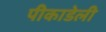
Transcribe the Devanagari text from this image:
पीकाडेली